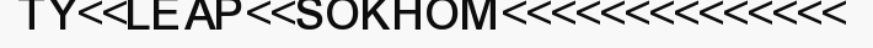
TY<<LEAP<<SOKHOM<<<<<<<<<<<<<<